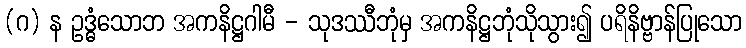
(ဂ) န ဥဒ္ဓံသောဘ အကနိဋ္ဌဂါမီ - သုဒဿီဘုံမှ အကနိဋ္ဌဘုံသိုသွား၍ ပရိနိဗ္ဗာန်ပြုသော